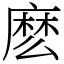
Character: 麽